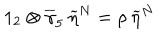
1 _ { 2 } \otimes \overline { { { \gamma } } } _ { 5 } \: \widetilde { \eta } ^ { N } = \rho \: \widetilde { \eta } ^ { N }